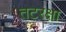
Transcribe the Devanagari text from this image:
तटरक्षा